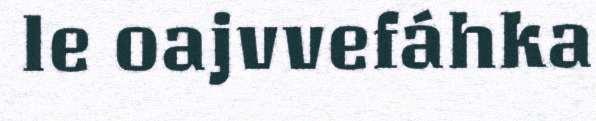
le oajvvefáhka